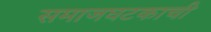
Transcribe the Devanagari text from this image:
समाजघटकाची